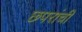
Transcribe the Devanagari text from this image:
छपरांची